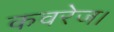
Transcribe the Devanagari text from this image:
कवरेज।